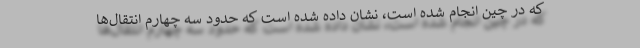
که در چین انجام شده است، نشان داده شده است که حدود سه چهارم انتقال‌ها